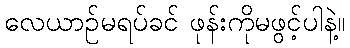
လေယာဉ်မရပ်ခင် ဖုန်းကိုမဖွင့်ပါနဲ့။